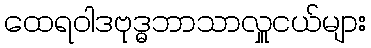
ထေရဝါဒဗုဒ္ဓဘာသာလှူငယ်များ